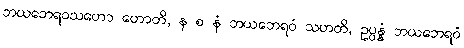
ဘယဘေရဝသဟော ဟောတိ, န စ နံ ဘယဘေရဝံ သဟတိ, ဥပ္ပန္နံ ဘယဘေရဝံ